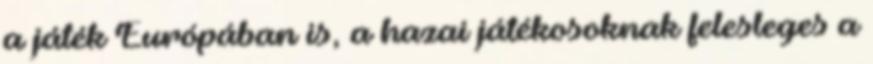
a játék Európában is, a hazai játékosoknak felesleges a